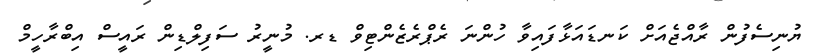
ޔުނިސެފުން ރާއްޖެއަށް ކަނޑައަޅާފައިވާ ހުންނަ ރެޕްރެޒެންޓިވް ޑރ. މުނީރު ސަފިލްޑިން ރައީސް އިބްރާހީމް